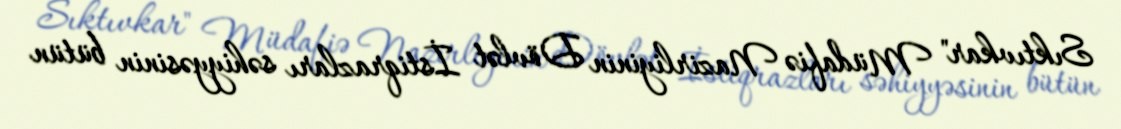
Sıktıvkar" Müdafiə Nazirliyinin Dövlət İstiqrazları səhiyyəsinin bütün